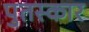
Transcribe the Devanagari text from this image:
पुतस्कार